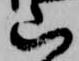
山